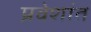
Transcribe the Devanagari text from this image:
प्रवेशांत